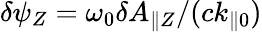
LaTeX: \delta\psi_{Z}=\omega_{0}\delta A_{\parallel Z}/(ck_{\parallel 0})